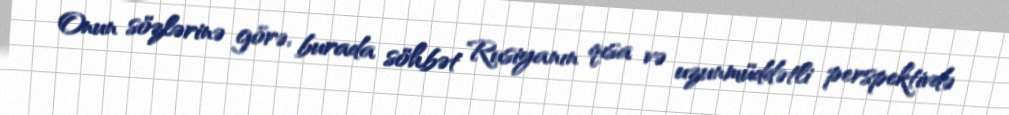
Onun sözlərinə görə, burada söhbət Rusiyanın qısa və uzunmüddətli perspektivdə